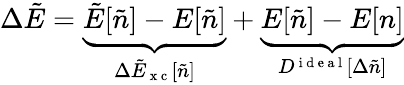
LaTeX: \Delta\tilde{E}=\underbrace{\tilde{E}[\tilde{n}]-E[\tilde{n}]}_{\Delta\tilde{E}_{\mathrm{~x~c~}}[\tilde{n}]}+\underbrace{E[\tilde{n}]-E[n]}_{D^{\mathrm{~i~d~e~a~l~}}[\Delta\tilde{n}]}